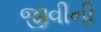
જીવીની